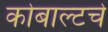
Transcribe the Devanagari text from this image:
कोबाल्टचे